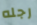
رجله